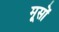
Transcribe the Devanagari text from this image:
मूसों